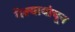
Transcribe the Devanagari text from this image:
गेल्यावांचून